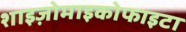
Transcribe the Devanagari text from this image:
शाइज़ोमाइकोफाइटा